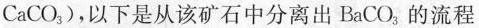
C_{a}CO_{3})，以下是从该矿石中分离出B_{a}CO_{3}，的流程